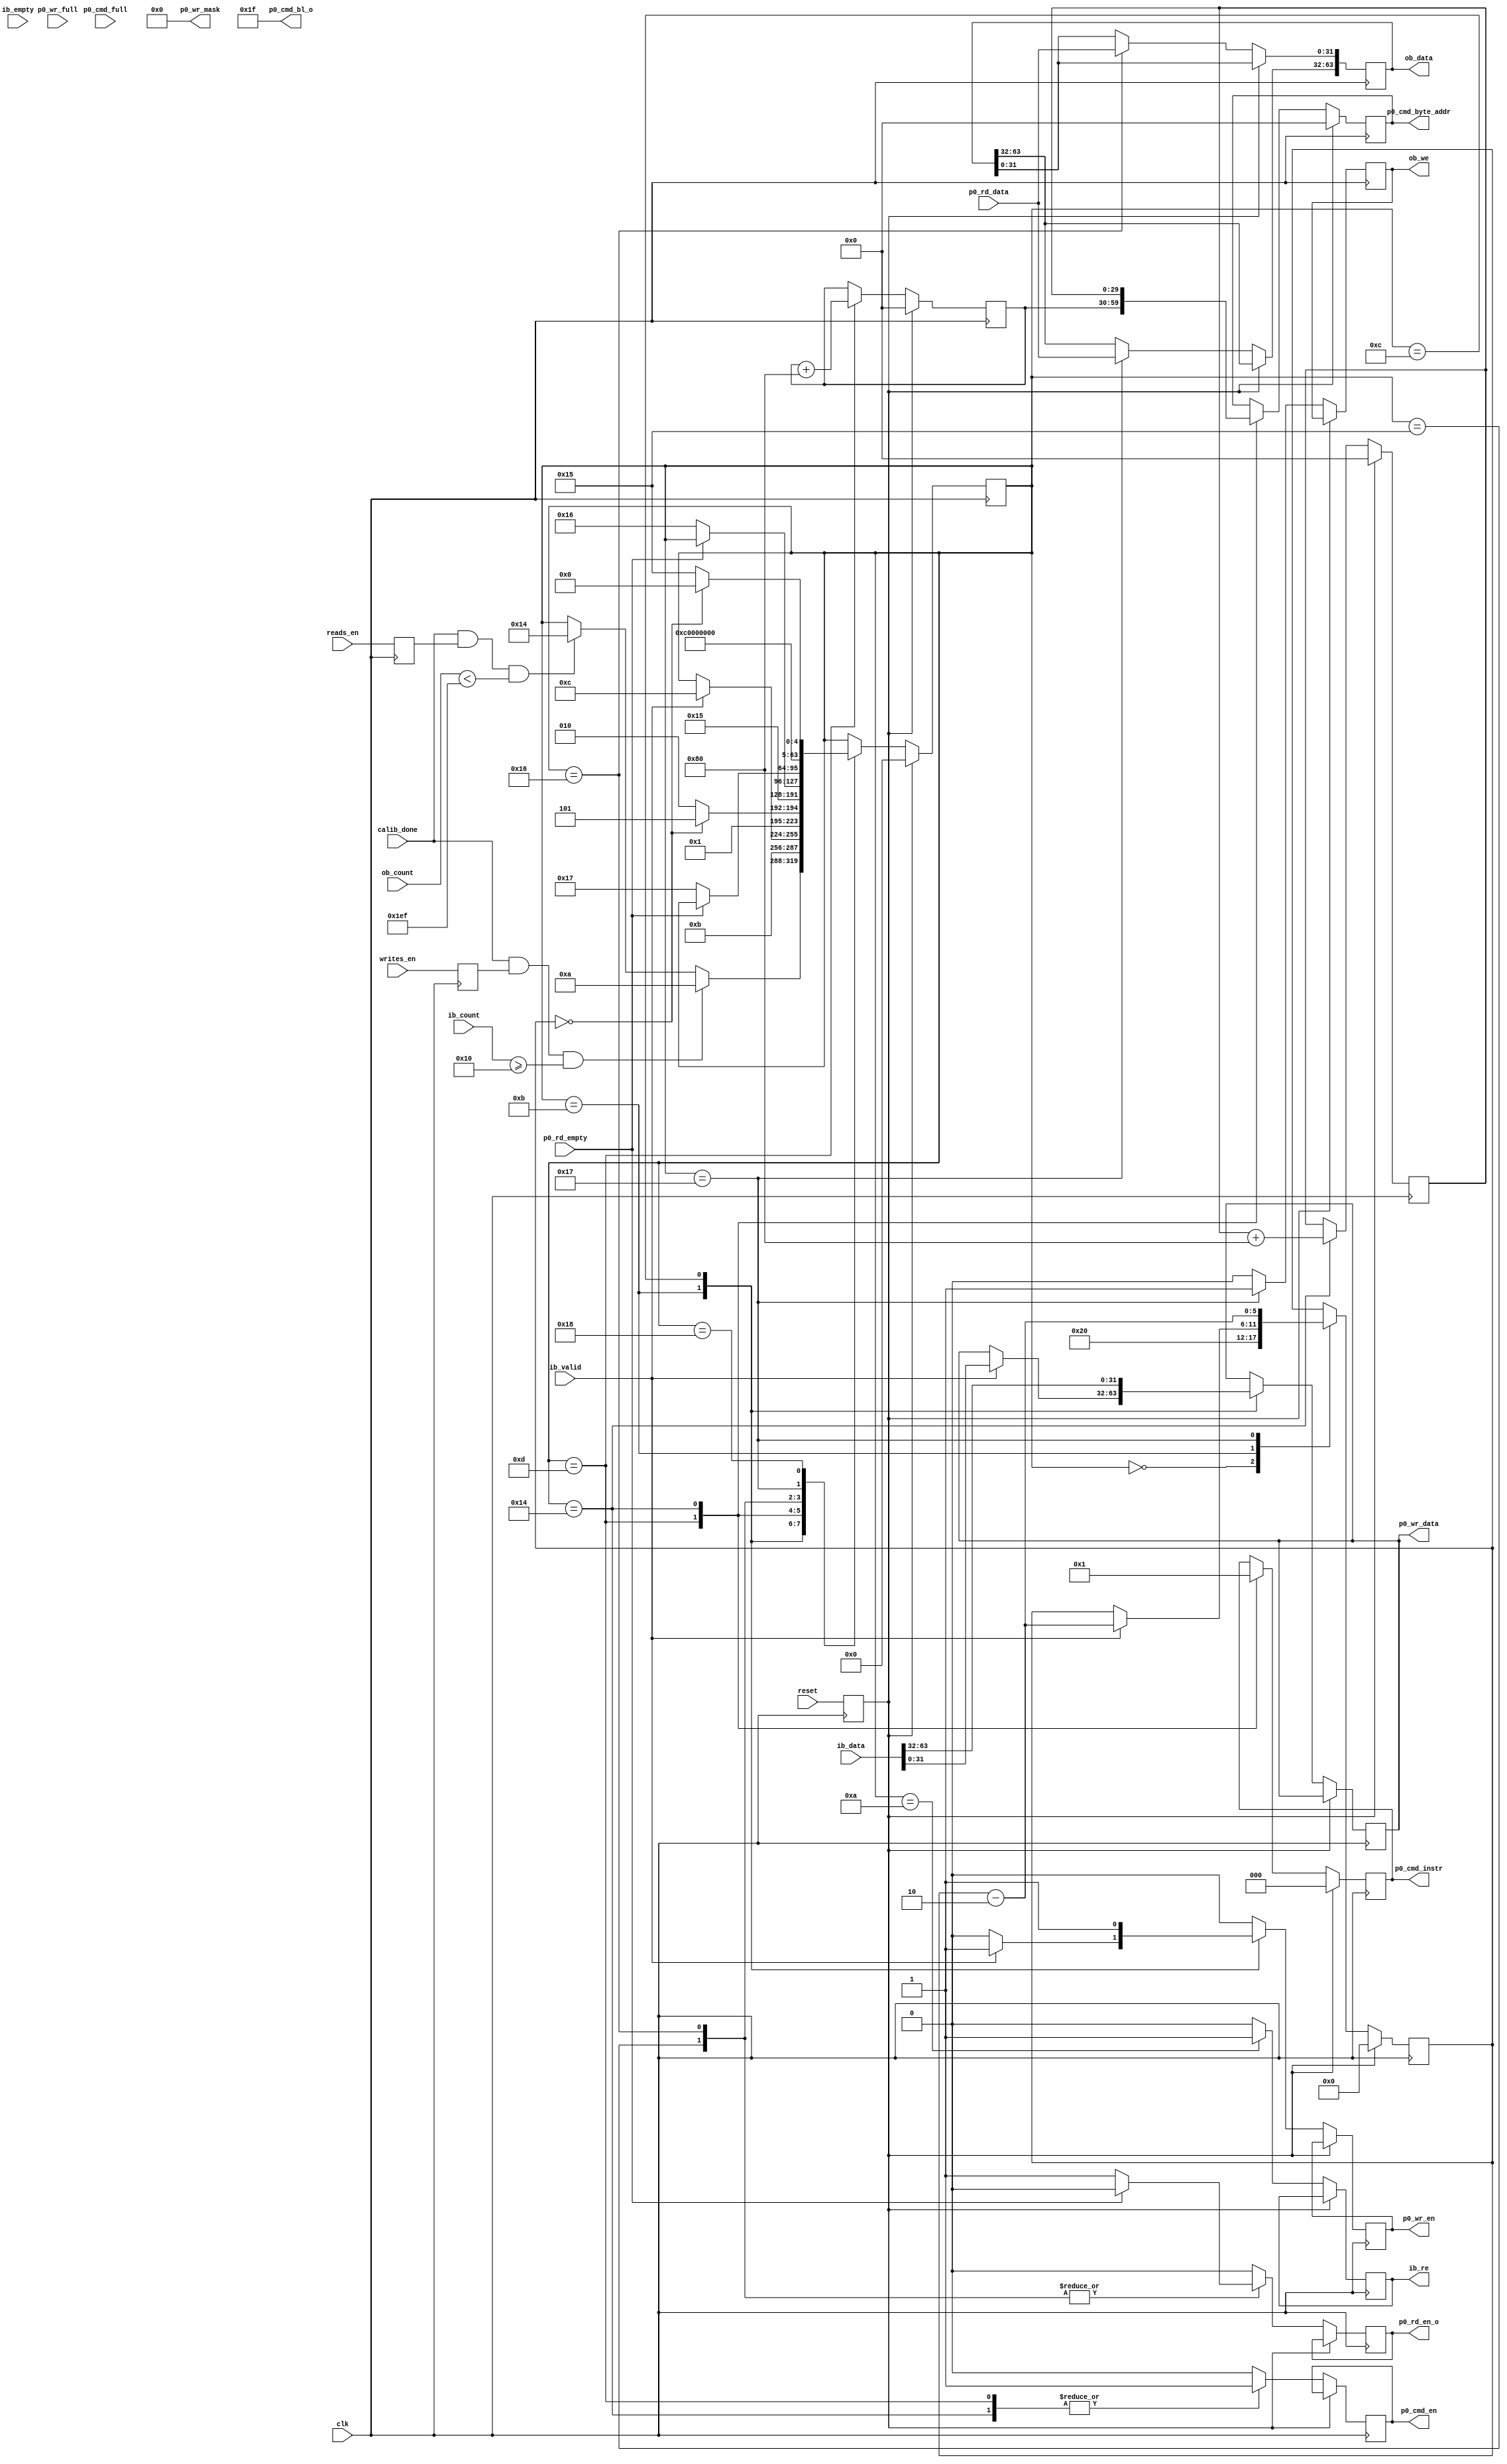

`timescale 1ns/1ps
//`default_nettype none

module ddr2_test
	(
	input  wire          clk,
	input  wire          reset,
	input  wire          writes_en,
	input  wire          reads_en,
	input  wire          calib_done, 
	//DDR Input Buffer (ib_)
	output reg           ib_re,
	input  wire [63:0]   ib_data,
	input  wire [8:0]    ib_count,
	input  wire          ib_valid,
	input  wire          ib_empty,
	//DDR Output Buffer (ob_)
	output reg           ob_we,
	output reg  [63:0]   ob_data,
	input  wire [8:0]    ob_count,
	
	output reg           p0_rd_en_o, 
	input  wire          p0_rd_empty,
	input  wire [31:0]   p0_rd_data,
	
	input  wire          p0_cmd_full,
	output reg           p0_cmd_en,
	output reg  [2:0]    p0_cmd_instr,
	output reg  [29:0]   p0_cmd_byte_addr,
	output wire [5:0]    p0_cmd_bl_o, 
	input  wire          p0_wr_full,
	output reg           p0_wr_en,
	output reg  [31:0]   p0_wr_data,
	output wire [3:0]    p0_wr_mask
	);

localparam BURST_LEN      = 32;  // Number of 32bit user words per command 
                                 // Must be multipleof two for this example                

wire        rd_fifo_afull;
reg  [29:0] cmd_byte_addr_wr, cmd_byte_addr_rd;
reg  [5:0]  burst_cnt;

reg         write_mode;
reg         read_mode;
reg         reset_d;


assign p0_cmd_bl_o = BURST_LEN - 1;
assign p0_wr_mask = 4'b0000;

always @(posedge clk) write_mode <= writes_en;
always @(posedge clk) read_mode <= reads_en;
always @(posedge clk) reset_d <= reset;


integer state;
localparam s_idle  = 0,
           s_write1 = 10,
           s_write2 = 11,
           s_write3 = 12,
           s_write4 = 13,
           s_read1 = 20,
           s_read2 = 21,
           s_read3 = 22,
           s_read4 = 23,
           s_read5 = 24;
always @(posedge clk) begin
	if (reset_d) begin
		state           <= s_idle;
		burst_cnt       <= 3'b000;
		cmd_byte_addr_wr  <= 0;
		cmd_byte_addr_rd  <= 0;
		p0_cmd_instr <= 3'b0;
		p0_cmd_byte_addr <= 30'b0;
	end else begin
		p0_cmd_en  <= 1'b0;
		p0_wr_en <= 1'b0;
		ib_re <= 1'b0;
		p0_rd_en_o   <= 1'b0;
		ob_we <= 1'b0;


		case (state)
			s_idle: begin
				burst_cnt <= BURST_LEN;

				// only start writing when initialization done
				if (calib_done==1 && write_mode==1 && (ib_count >= BURST_LEN/2)) begin
					state <= s_write1;
				end else if (calib_done==1 && read_mode==1 && (ob_count<511-BURST_LEN/2) ) begin
					state <= s_read1;
				end
			end

			s_write1: begin
				state <= s_write2;
				ib_re <= 1'b1;
			end

			s_write2: begin
				if(ib_valid==1) begin
					p0_wr_data <= ib_data[31:0];
					p0_wr_en   <= 1'b1;
					burst_cnt <= burst_cnt - 2;
					state <= s_write3;
				end
			end
			
			s_write3: begin
				p0_wr_data <= ib_data[63:32];
				p0_wr_en   <= 1'b1;
				if (burst_cnt == 3'd0) begin
					state <= s_write4;
				end else begin
					state <= s_write1;
				end
			end
			
			s_write4: begin
				p0_cmd_en    <= 1'b1;
				p0_cmd_byte_addr    <= cmd_byte_addr_wr;
				cmd_byte_addr_wr <= cmd_byte_addr_wr + 4*BURST_LEN;
				p0_cmd_instr     <= 3'b000;
				state <= s_idle;
			end

			s_read1: begin
				p0_cmd_byte_addr    <= cmd_byte_addr_rd;
				cmd_byte_addr_rd <= cmd_byte_addr_rd + 4*BURST_LEN;
				p0_cmd_instr     <= 3'b001;
				p0_cmd_en    <= 1'b1;
				state <= s_read2;
			end
			
			s_read2: begin
				if(p0_rd_empty==0) begin
					p0_rd_en_o   <= 1'b1;
					state <= s_read3;
				end
			end
			
			s_read3: begin
				ob_data[31:0] <= p0_rd_data;
				if(p0_rd_empty==0) begin
					p0_rd_en_o <= 1'b1;
					state <= s_read4;
				end			
			end
			
			s_read4: begin
				ob_data[63:32] <= p0_rd_data;
				ob_we <= 1'b1;
				burst_cnt <= burst_cnt - 2;
				state <= s_read5;
			end
			
			s_read5: begin
				if (burst_cnt == 3'd0) begin
					state <= s_idle;
				end else begin
					state <= s_read2;
				end
			end
			
				
		endcase
	end
end


endmodule